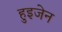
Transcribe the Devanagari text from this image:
हुइजेन